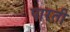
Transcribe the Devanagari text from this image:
पारती